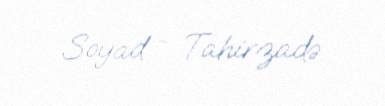
Soyad - Tahirzadə